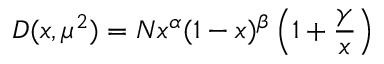
D ( x , \mu ^ { 2 } ) = N x ^ { \alpha } ( 1 - x ) ^ { \beta } \left( 1 + \frac { \gamma } { x } \right)